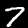
Digit: 7